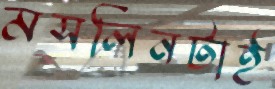
মসলিনটাই